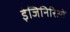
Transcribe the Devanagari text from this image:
इंजिनिरिओं